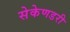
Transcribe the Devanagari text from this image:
सेकेणडरी